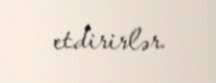
etdirirlər.